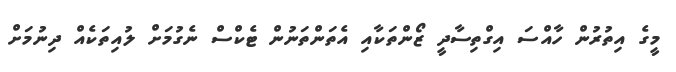
މީގެ އިތުރުން ހާއްސަ އިގްތިސާދީ ޒޯންތަކާއި އެތަންތަނުން ޓެކްސް ނެގުމަށް ލުއިތަކެއް ދިނުމަށް